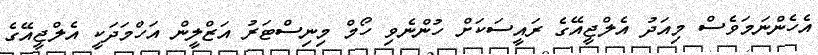
އެހެންނަމަވެސް މިއަދު އެލްޖީއޭގެ ރައީސަކަށް ހުންނެވި ހޯމް މިނިސްޓަރު އަޒްލީން އަހްމަދަކީ އެލްޖީއޭގެ